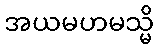
အယမဟမသ္မိ